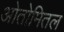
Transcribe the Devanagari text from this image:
ओतोमितल